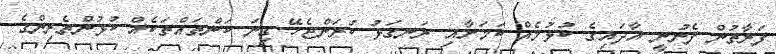
ފަރާތުން ފެނުނީ އާދައިގެ ކުޅުމެއް ކަމަށާއި ރަނގަޅު ކުރަންޖެހޭ ގިނަ ކަންތައްތަކެއް ކުޅުންތެރިންގެ